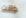
كانت